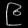
Digit: ၉